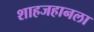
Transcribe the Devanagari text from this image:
शाहजहानला